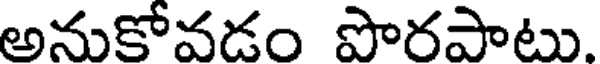
అనుకోవడం పొరపాటు.